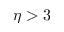
\eta > 3